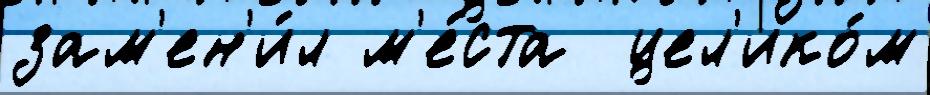
зам'ен'и́л м'е́ста  цел'ико́м